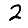
Digit: 2